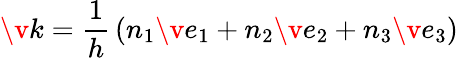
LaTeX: \v{k}=\frac{1}{h}\, (n_{1}\v{e}_{1}+n_{2}\v{e}_{2}+n_{3}\v{e}_{3})